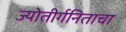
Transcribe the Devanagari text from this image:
ज्योतीर्गनिताचा